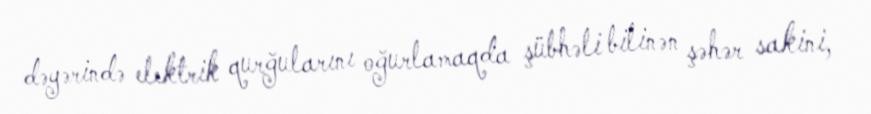
dəyərində elektrik qurğularını oğurlamaqda şübhəli bilinən şəhər sakini,